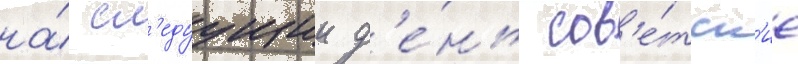
на́ сл'едуущии д'е́нь сов'е́тск'ие